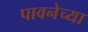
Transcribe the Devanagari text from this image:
पावनेच्या